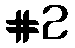
#2